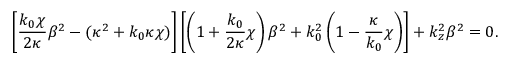
\left[ \frac { k _ { 0 } \chi } { 2 \kappa } \beta ^ { 2 } - ( \kappa ^ { 2 } + k _ { 0 } \kappa \chi ) \right] \left[ \left( 1 + \frac { k _ { 0 } } { 2 \kappa } \chi \right) \beta ^ { 2 } + k _ { 0 } ^ { 2 } \left( 1 - \frac { \kappa } { k _ { 0 } } \chi \right) \right] + k _ { z } ^ { 2 } \beta ^ { 2 } = 0 .